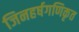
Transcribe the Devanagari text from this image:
जिनहर्षगणिकृत